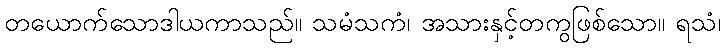
တယောက်သောဒါယကာသည်။ သမံသကံ၊ အသားနှင့်တကွဖြစ်သော။ ရသံ၊